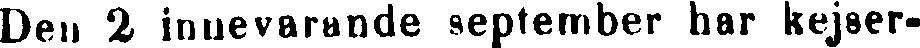
Den 2 innevarande september har kejser-